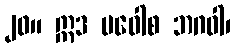
၂၀။ ဣဒ မဝေါစ ဘဂဝါ၊